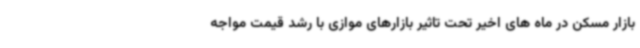
بازار مسکن در ماه های اخیر تحت تاثیر بازارهای موازی با رشد قیمت مواجه